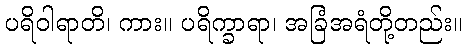
ပရိဝါရာတိ၊ ကား။ ပရိက္ခာရာ၊ အခြံအရံတို့တည်း။